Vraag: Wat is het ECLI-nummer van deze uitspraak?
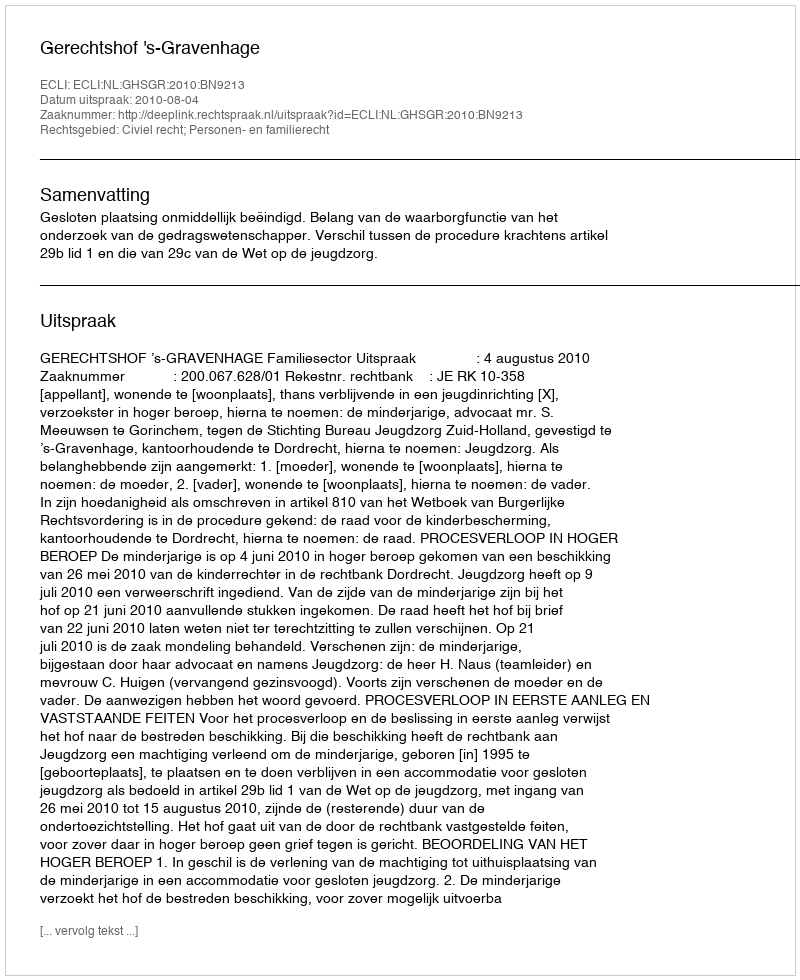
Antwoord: ECLI:NL:GHSGR:2010:BN9213